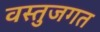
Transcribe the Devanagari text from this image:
वस्तुजगत